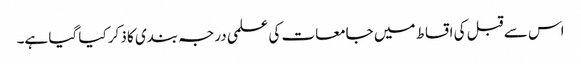
اس سے قبل کی اقساط میں جامعات کی علمی درجہ بندی کا ذکر کیا گیا ہے۔